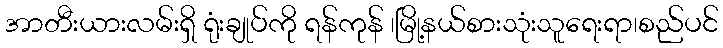
အာတီးယားလမ်းရှိ ရုံးချုပ်ကို ရန်ကုန် ၊မြို့နယ်စားသုံးသူရေးရာ၊စည်ပင်